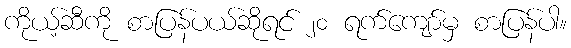
ကိုယ့်ဆီကို စာပြန်ပယ်ဆိုရင် ၂၀ ရက်ကျော်မှ စာပြန်ပါ။